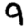
Digit: 9